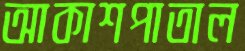
আকাশপাতাল